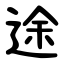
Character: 途